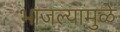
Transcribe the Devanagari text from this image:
भाजल्यामुळे